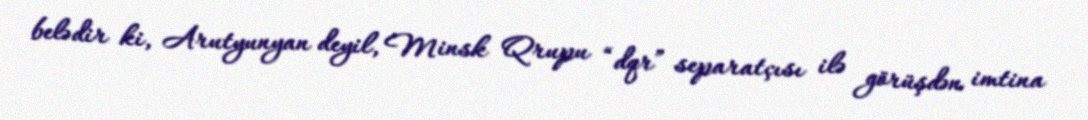
belədir ki, Arutyunyan deyil, Minsk Qrupu “dqr” separatçısı ilə görüşdən imtina